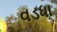
વડધા